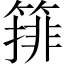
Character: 𱸞